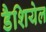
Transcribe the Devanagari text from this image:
डैशियेल